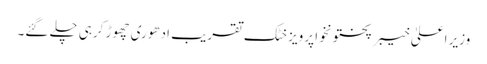
وزیر اعلیٰ خیبر پختونخوا پرویز خٹک تقریب ادھوری چھوڑ کرہی چلے گئے۔